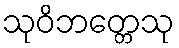
သုဝိဘတ္တေသု